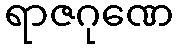
ရာဇဂုဏေ